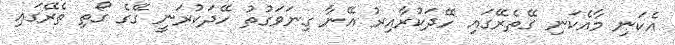
އެކަނި މާއެކަނި ގޭތެރޭގައި ހޭދަކުރާއިރު އޭނާ ގިނަވަގުތު ހޭދަކުރަނީ ގޭގެ ގޯތި ތެރޭގައި